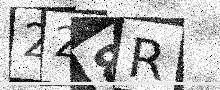
Text: 228R